Indian journal of veterinary science and animal husbandry - Volumes 24-25, 1954-1955
Year: 1954
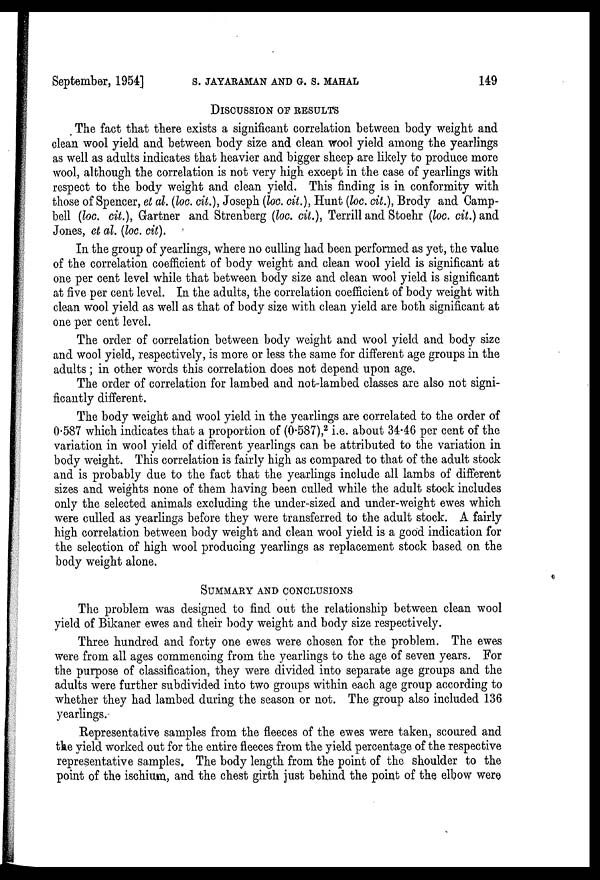
September, 1954] S. JAYARAMAN AND G. S. MAHAL 149
DISCUSSION OF RESULTS
The fact that there exists a significant correlation between body weight and
clean wool yield and between body size and clean wool yield among the yearlings
as well as adults indicates that heavier and bigger sheep are likely to produce more
wool, although the correlation is not very high except in the case of yearlings with
respect to the body weight and clean yield. This finding is in conformity with
those of Spencer, et al. (loc. cit.), Joseph (loc. cit.), Hunt (loc. cit.), Brody and Camp-
bell (loc. cit.), Gartner and Strenberg (loc. cit.), Terrill and Stoehr (loc. cit.) and
Jones, et al. (loc. cit).
In the group of yearlings, where no culling had been performed as yet, the value
of the correlation coefficient of body weight and clean wool yield is significant at
one per cent level while that between body size and clean wool yield is significant
at five per cent level. In the adults, the correlation coefficient of body weight with
clean wool yield as well as that of body size with clean yield are both significant at
one per cent level.
The order of correlation between body weight and wool yield and body size
and wool yield, respectively, is more or less the same for different age groups in the
adults ; in other words this correlation does not depend upon age.
The order of correlation for lambed and not-lambed classes are also not signi-
ficantly different.
The body weight and wool yield in the yearlings are correlated to the order of
0.587 which indicates that a proportion of (0.587), 2 i.e. about 34.46 per cent of the
variation in wool yield of different yearlings can be attributed to the variation in
body weight. This correlation is fairly high as compared to that of the adult stock
and is probably due to the fact that the yearlings include all lambs of different
sizes and weights none of them having been culled while the adult stock includes
only the selected animals excluding the under-sized and under-weight ewes which
were culled as yearlings before they were transferred to the adult stock. A fairly
high correlation between body weight and clean wool yield is a good indication for
the selection of high wool producing yearlings as replacement stock based on the
body weight alone.
SUMMARY AND CONCLUSIONS
The problem was designed to find out the relationship between clean wool
yield of Bikaner ewes and their body weight and body size respectively.
Three hundred and forty one ewes were chosen for the problem. The ewes
were from all ages commencing from the yearlings to the age of seven years. For
the purpose of classification, they were divided into separate age groups and the
adults were further subdivided into two groups within each age group according to
whether they had lambed during the season or not. The group also included 136
yearlings.
Representative samples from the fleeces of the ewes were taken, scoured and
the yield worked out for the entire fleeces from the yield percentage of the respective
representative samples. The body length from the point of the shoulder to the
point of the ischium, and the chest girth just behind the point of the elbow were